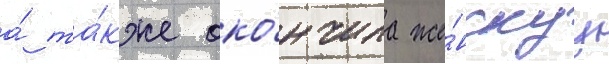
а́ та́кже око́нчила же́нскуу